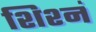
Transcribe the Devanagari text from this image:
शिश्नं